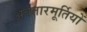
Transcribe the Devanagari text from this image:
अवतारमूर्तियों